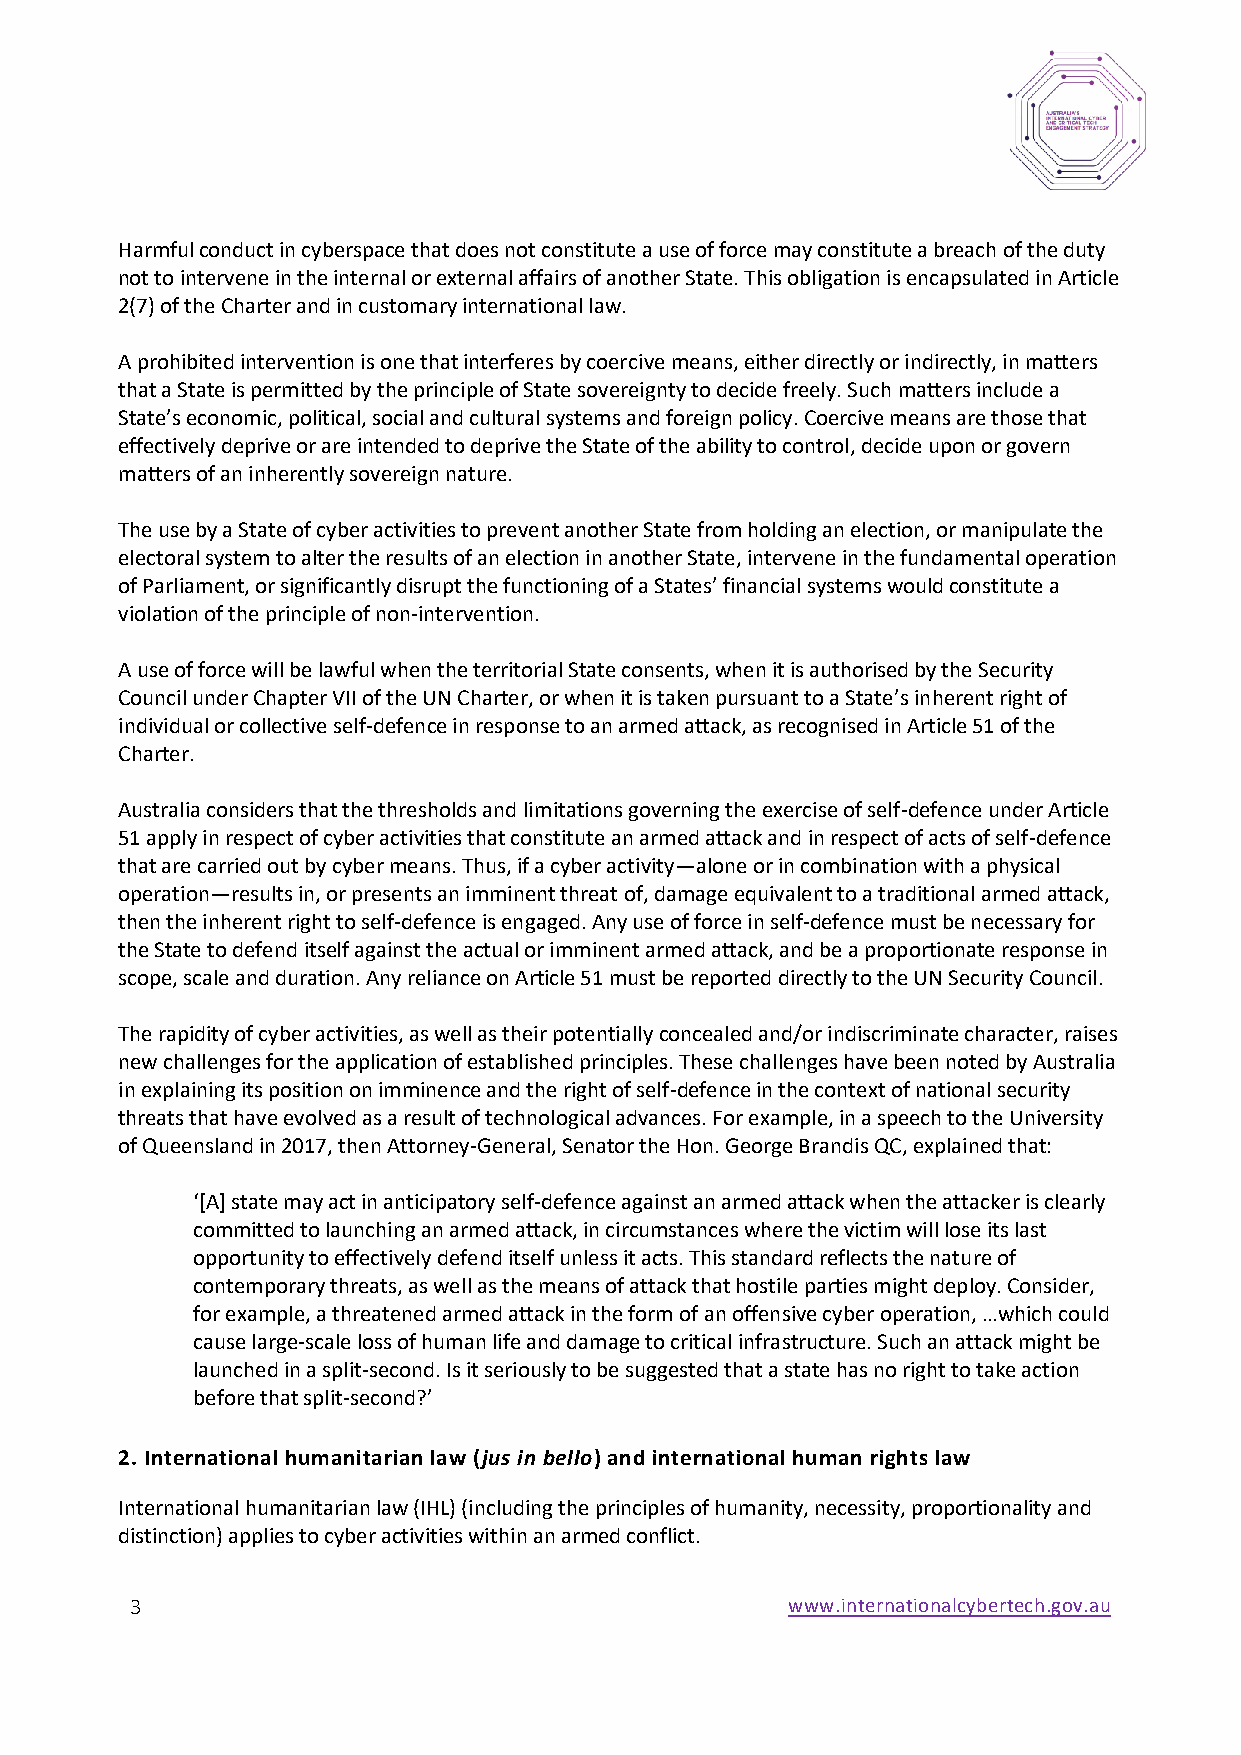
Harmful conduct in cyberspace that does not constitute a use of force may constitute a breach of the duty
 not to intervene in the internal or external affairs of another State. This obligation is encapsulated in Article
 2(7) of the Charter and in customary international law.
 A prohibited intervention is one that interferes by coercive means, either directly or indirectly, in matters
 that a State is permitted by the principle of State sovereignty to decide freely. Such matters include a
 State’s economic, political, social and cultural systems and foreign policy. Coercive means are those that
 effectively deprive or are intended to deprive the State of the ability to control, decide upon or govern
 matters of an inherently sovereign nature.
 The use by a State of cyber activities to prevent another State from holding an election, or manipulate the
 electoral system to alter the results of an election in another State, intervene in the fundamental operation
 of Parliament, or significantly disrupt the functioning of a States’ financial systems would constitute a
 violation of the principle of non-intervention.
 A use of force will be lawful when the territorial State consents, when it is authorised by the Security
 Council under Chapter VII of the UN Charter, or when it is taken pursuant to a State’s inherent right of
 individual or collective self-defence in response to an armed attack, as recognised in Article 51 of the
 Charter.
 Australia considers that the thresholds and limitations governing the exercise of self-defence under Article
 51 apply in respect of cyber activities that constitute an armed attack and in respect of acts of self-defence
 that are carried out by cyber means. Thus, if a cyber activity—alone or in combination with a physical
 operation—results in, or presents an imminent threat of, damage equivalent to a traditional armed attack,
 then the inherent right to self-defence is engaged. Any use of force in self-defence must be necessary for
 the State to defend itself against the actual or imminent armed attack, and be a proportionate response in
 scope, scale and duration. Any reliance on Article 51 must be reported directly to the UN Security Council.
 The rapidity of cyber activities, as well as their potentially concealed and/or indiscriminate character, raises
 new challenges for the application of established principles. These challenges have been noted by Australia
 in explaining its position on imminence and the right of self-defence in the context of national security
 threats that have evolved as a result of technological advances. For example, in a speech to the University
 of Queensland in 2017, then Attorney-General, Senator the Hon. George Brandis QC, explained that:
 ‘[A] state may act in anticipatory self-defence against an armed attack when the attacker is clearly
 committed to launching an armed attack, in circumstances where the victim will lose its last
 opportunity to effectively defend itself unless it acts. This standard reflects the nature of
 contemporary threats, as well as the means of attack that hostile parties might deploy. Consider,
 for example, a threatened armed attack in the form of an offensive cyber operation, …which could
 cause large-scale loss of human life and damage to critical infrastructure. Such an attack might be
 launched in a split-second. Is it seriously to be suggested that a state has no right to take action
 before that split-second?’
 2. International humanitarian law (jus in bello) and international human rights law
 International humanitarian law (IHL) (including the principles of humanity, necessity, proportionality and
 distinction) applies to cyber activities within an armed conflict.
 3                                          www.internationalcybertech.gov.au